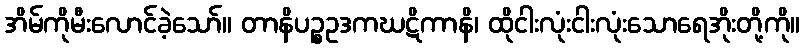
အိမ်ကိုမီးလောင်ခဲ့သော်။ တာနိပဉ္စဥဒကဃဋိကာနိ၊ ထိုငါးလုံးငါးလုံးသောရေအိုးတို့ကို။